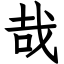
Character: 哉